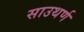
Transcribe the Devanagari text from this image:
साउथर्ण